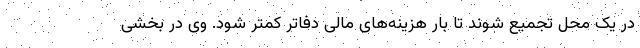
در یک محل تجمیع شوند تا بار هزینه‌های مالی دفاتر کمتر شود. وی در بخشی